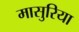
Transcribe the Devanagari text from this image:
मासुरिया